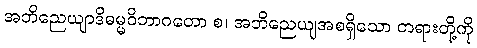
အဘိညေယျာဒိဓမ္မဝိဘာဂတော စ၊ အဘိညေယျအစရှိသော တရားတို့ကို